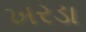
ખરડા